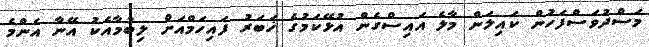
މަސްދުވަސްފަހުން ކައިލަން މާލެ އައިސްގެން އުޅޭކަމުގެ ޚަބަރު ފައިހަމްއަށް ލިބުމާއެކު އޭނާ އެންމެ